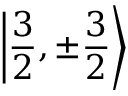
\left| { \frac { 3 } { 2 } } , \pm { \frac { 3 } { 2 } } \right\rangle